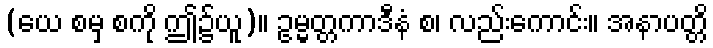
(ယေ စမှ စကို ဤ၌ယူ)။ ဥမ္မတ္တကာဒီနံ စ၊ လည်းကောင်း။ အနာပတ္တိ